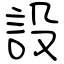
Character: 設